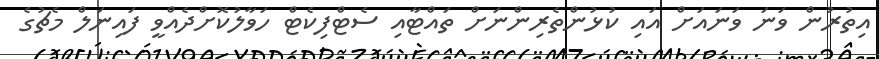
އިތުރުން ވަނަ ވަނައަށް އައި ކުޅުންތެރިންނަށް ތައްޓާއި ސެޓްފިކެޓް ހަވާލުކޮށްދެއްވީ ފައިނަލް މެޗުގެ